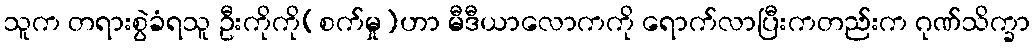
သူက တရားစွဲခံရသူ ဦးကိုကို(စက်မှု)ဟာ မီဒီယာလောကကို ရောက်လာပြီးကတည်းက ဂုဏ်သိက္ခာ